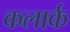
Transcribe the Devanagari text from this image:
कलार्क